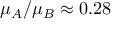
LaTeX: \mu _ { A } / \mu _ { B } \approx 0 . 2 8